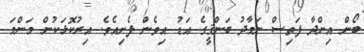
ބޯން އިންދާ ފަތިސް ނަމާދު ބަންޤީގެ އަޑު އިވެން ފެށިއެވެ. އިރުކޮޅަކުން މަންމަ